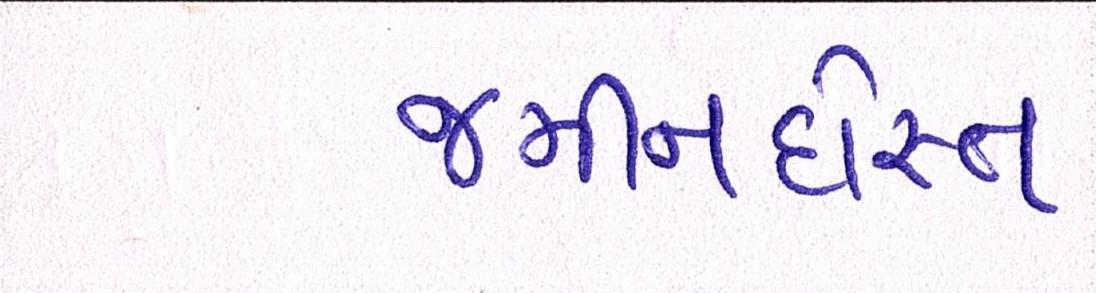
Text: જમીનદોસ્ત